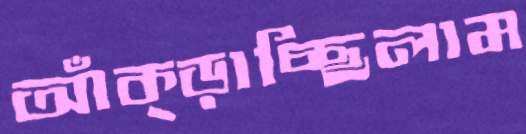
আঁক্‌ড়াচ্ছিলাম